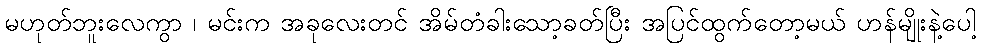
မဟုတ်ဘူးလေကွာ ၊ မင်းက အခုလေးတင် အိမ်တံခါးသော့ခတ်ပြီး အပြင်ထွက်တော့မယ် ဟန်မျိုးနဲ့ပေါ့